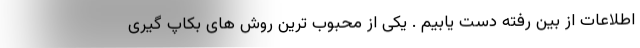
اطلاعات از بین رفته دست یابیم . یکی از محبوب ترین روش های بکاپ گیری